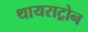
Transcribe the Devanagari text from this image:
थायराट्रोन